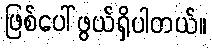
ဖြစ်ပေါ်ဖွယ်ရှိပါတယ်။